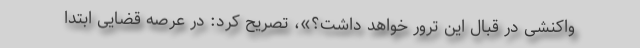
واکنشی در قبال این ترور خواهد داشت؟»، تصریح کرد: در عرصه قضایی ابتدا